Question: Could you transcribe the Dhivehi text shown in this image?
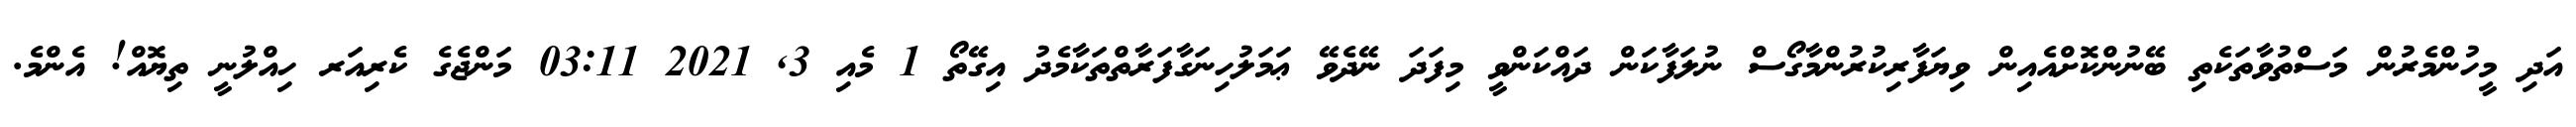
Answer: އަދި މީހުންމެރުން މަސްތުވާތަކެތި ބޭނުންކޮށްއެއިން ވިޔަފާރިކުރުންމާގޯސް ނުލަފާކަން ދައްކަންވީ މިފަދަ ނޭދެވޭ ޢަމަލުހިނަގާފަރާތްތަކާމެދު އިގޭތޯ 1 މެއި 3, 2021 03:11 މަންޖެގެ ކެރިއަރ ހިއްލުނީ ތިޔޮއް! އެންމެ.